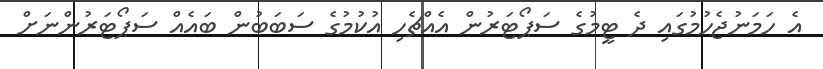
އެ ހަމަނުޖެހުމުގައި ދެ ޓީމުގެ ސަޕޯޓަރުން އެއްޗެހި އުކުމުގެ ސަބަބުން ބައެއް ސަޕޯޓަރުންނަށް